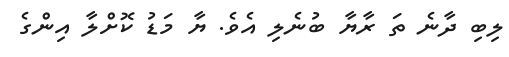
ލިބި ދާނެ ތަ ރާޔާ ބުނެލި އެވެ. ޔާ މަޑު ކޮށްލާ އިންގެ